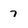
Character: 7